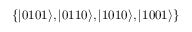
\{ | 0 1 0 1 \rangle , | 0 1 1 0 \rangle , | 1 0 1 0 \rangle , | 1 0 0 1 \rangle \}